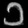
Digit: ၁